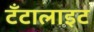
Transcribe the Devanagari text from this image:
टँटालाइट